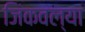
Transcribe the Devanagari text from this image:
जिंकवल्या